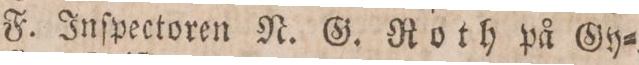
F. Inſpectoren N. G. Roth på Gy=